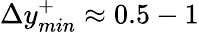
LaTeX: \Delta y_{min}^{+}\approx 0.5-1